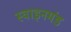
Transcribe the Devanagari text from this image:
स्वाइनमंड